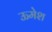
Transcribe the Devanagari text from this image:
ऊमेश